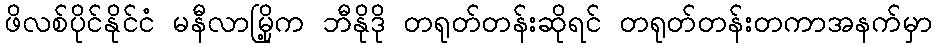
ဖိလစ်ပိုင်နိုင်ငံ မနီလာမြို့က ဘီနိုဒို တရုတ်တန်းဆိုရင် တရုတ်တန်းတကာအနက်မှာ